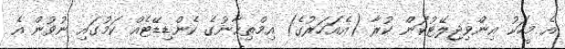
އެ މީހަކު އިންވިޖިލޭޓުކަން ކުރާ (އެއަހަރުގެ) އިމްތިޙާނުގެ ކެންޑިޑޭޓެއް ކަމުގައި ނުވުން އެ